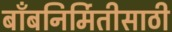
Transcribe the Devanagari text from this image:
बाँबनिर्मितीसाठी